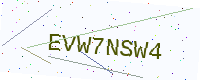
Text: EVW7NSW4